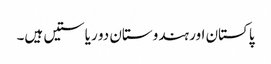
پاکستان اور ہندوستان دو ریاستیں ہیں۔